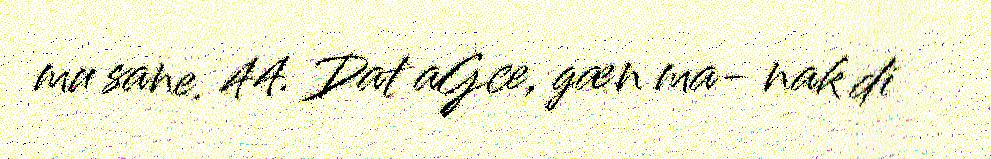
mu sane. 44. Dat aGce, gæn ma- nak di